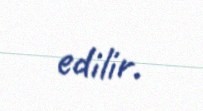
edilir.